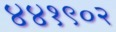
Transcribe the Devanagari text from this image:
४४१९०२